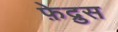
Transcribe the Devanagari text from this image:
फ़ेद्रुस